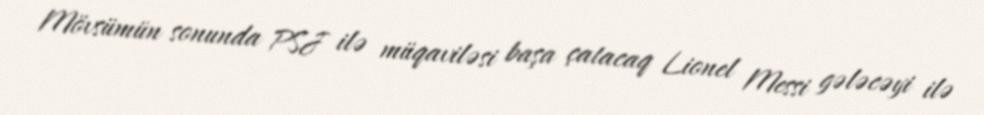
Mövsümün sonunda PSJ ilə müqaviləsi başa çatacaq Lionel Messi gələcəyi ilə